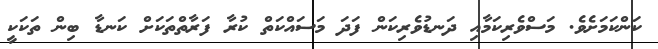
ކަންކަމަށެވެ. މަސްވެރިކަމާއި ދަނޑުވެރިކަން ފަދަ މަސައްކަތް ކުރާ ފަރާތްތަކަށް ކަނޑާ ބިން ތަކަކީ